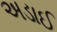
અડાઈ